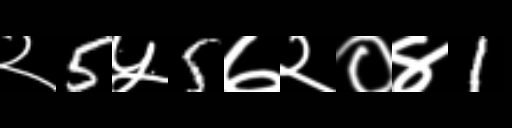
Text: २5५5७२०४1